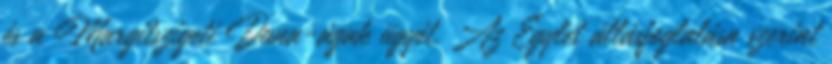
és a Margitszigeti Duna-ágak ügyét. Az Egylet állásfoglalása szerint